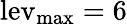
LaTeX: \mathrm{{lev}_{\mathrm{{max}}}}=6